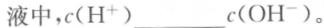
液中，c(H^{+})___c(OH^{-})。